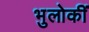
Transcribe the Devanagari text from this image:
भुलोकीं